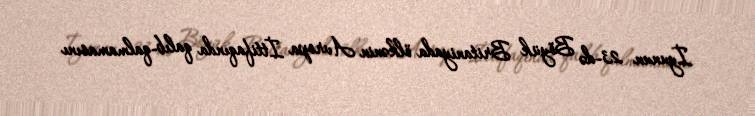
İyunun 23-də Böyük Britaniyada ölkənin Avropa İttifaqında qalıb-qalmamasını